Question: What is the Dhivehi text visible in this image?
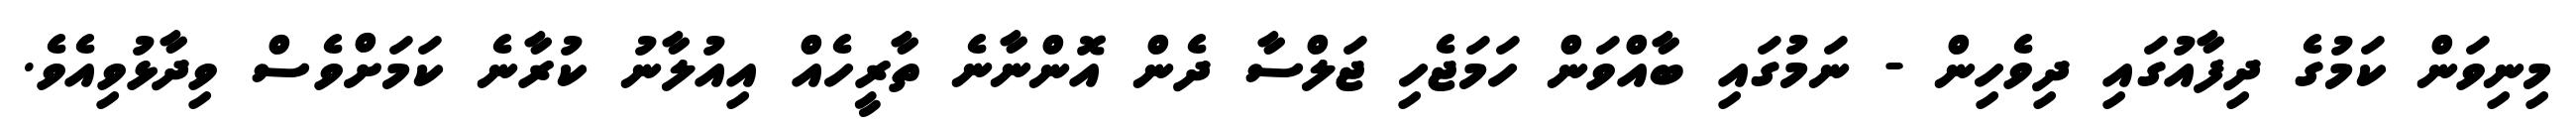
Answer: މިނިވަން ކަމުގެ ދިފާއުގައި ދިވެހިން - ނަމުގައި ބާއްވަން ހަމަޖެހި ޖަލްސާ ދެން އޮންނާނެ ތާރީހެއް އިއުލާނު ކުރާނެ ކަމަށްވެސް ވިދާޅުވިއެވެ.